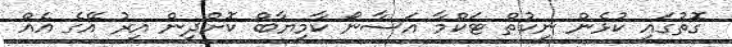
ގޮތުގައި ކުޅެން ނިކުތް ޓަކްމާ އަސާނޯ ކާމިޔާބް ކޮށްދިން އިރު އޭގެ އެއް